Indian journal of veterinary science and animal husbandry - Volume 2,
Year: 1932
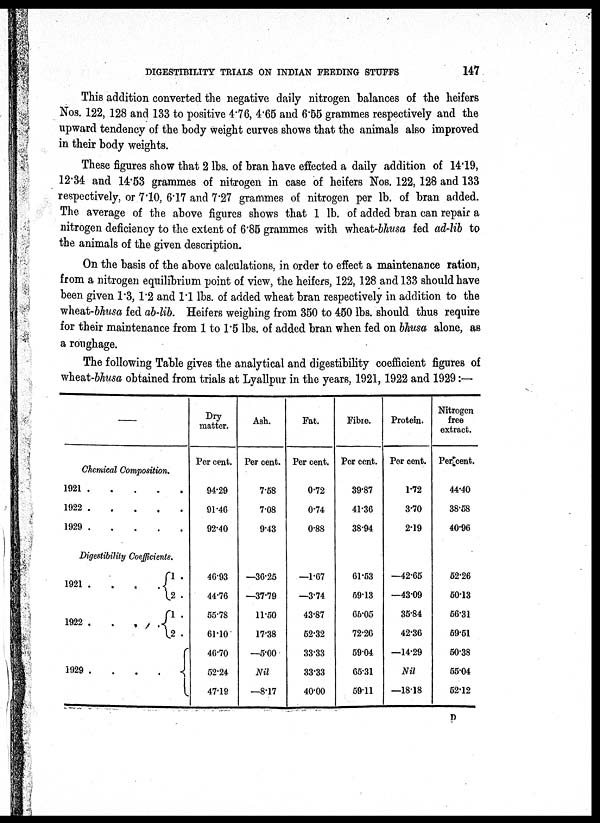
DIGESTIBILITY TRIALS ON INDIAN FEEDING STUFFS
147
This addition converted the negative daily nitrogen balances of the heifers
Nos. 122, 128 and 133 to positive 4.76, 4.65 and 6.55 grammes respectively and the
upward tendency of the body weight curves shows that the animals also improved
in their body weights.
These figures show that 2 lbs. of bran have effected a daily addition of 14.19,
12.34 and 14.53 grammes of nitrogen in case of heifers Nos. 122, 128 and 133
respectively, or 7.10, 6.17 and 7.27 grammes of nitrogen per lb. of bran added.
The average of the above figures shows that 1 lb. of added bran can repair a
nitrogen deficiency to the extent of 6.85 grammes with wheat-bhusa fed ad-lib to
the animals of the given description.
On the basis of the above calculations, in order to effect a maintenance ration,
from a nitrogen equilibrium point of view, the heifers, 122, 128 and 133 should have
been given 1.3, 1.2 and 1.1 lbs. of added wheat bran respectively in addition to the
wheat-bhusa fed ab-lib. Heifers weighing from 350 to 450 lbs. should thus require
for their maintenance from 1 to 1.5 lbs. of added bran when fed on bhusa alone, as
a roughage.
The following Table gives the analytical and digestibility coefficient figures of
wheat-bhusa obtained from trials at Lyallpur in the years, 1921, 1922 and 1929:—
—
Chemical Composition.
1921
.....
1922
1929
Digestibility Coefficients.
1921 .
.
. .
1922 .
.
.
.
1.
2.
1.
2.
1929 . . . .
Dry
matter.
Per cent.
94.29
91.46
92.40
46.93
44.76
55.78
61.10
46.70
52.24
47.19
Ash.
Per cent.
7.58
7.08
9.43
—36.25
—37.79
11.50
17.38
—5.00
Nil
—8.17
Fat.
Per cent.
0.72
0.74
0.88
—1.67
—3.74
43.87
52.32
33.33
33.33
40.00
Fibre.
Per cent.
39.87
41.36
38.94
61.53
59.13
65.05
72.26
59.04
65.31
59.11
Protein.
Per cent.
1.72
3.70
2.19
—42.65
—43.09
35.84
42.36
—14.29
Nil
—18.18
Nitrogen
free
extract.
Per cent.
44.40
38.58
40.96
52.26
50.13
56.31
59.51
50.38
55.04
52.12
P